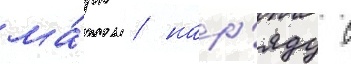
ма́рк / нар'яду с